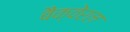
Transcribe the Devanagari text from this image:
बैक्वेरल